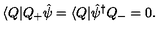
\langle Q | Q _ { + } \hat { \psi } = \langle Q | \hat { \psi } ^ { \dagger } Q _ { - } = 0 .